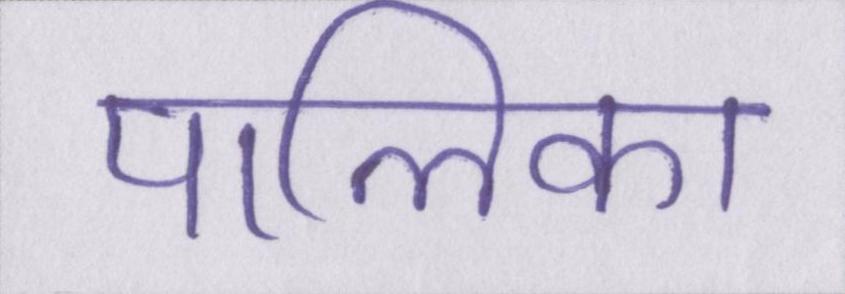
पालिका